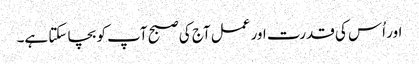
اور اُس کی قدرت اور عمل آج کی صبح آپ کو بچا سکتا ہے۔